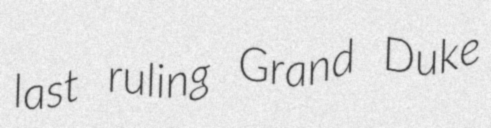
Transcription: last ruling Grand Duke